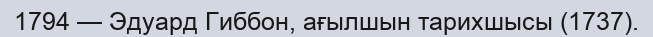
1794 — Эдуард Гиббон, ағылшын тарихшысы (1737).